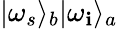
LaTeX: \vert\omega_{s}\rangle_{b}\vert\omega_{\mathbf{i}}\rangle_{a}